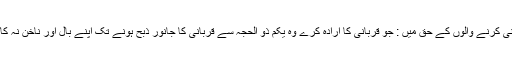
قربانی کرنے والوں کے حق میں : جو قربانی کا ارادہ کرے وہ یکم ذو الحجہ سے قربانی کا جانور ذبح ہونے تک اپنے بال اور ناخن نہ کاٹے ۔